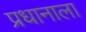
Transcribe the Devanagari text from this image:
प्रधानाला